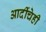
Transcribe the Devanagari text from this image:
आदींचेही